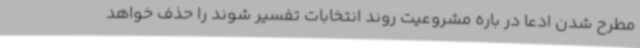
مطرح شدن ادعا در باره مشروعیت روند انتخابات تفسیر شوند را حذف خواهد